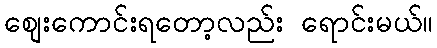
စျေးကောင်းရတော့လည်း ရောင်းမယ်။